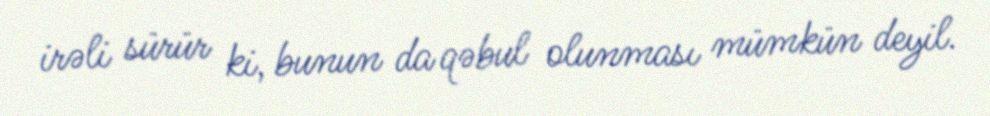
irəli sürür ki, bunun da qəbul olunması mümkün deyil.